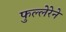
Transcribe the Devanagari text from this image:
फुल्लेरेने